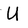
Character: U